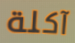
آكلة